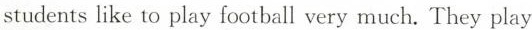
students like to play football very much. They play